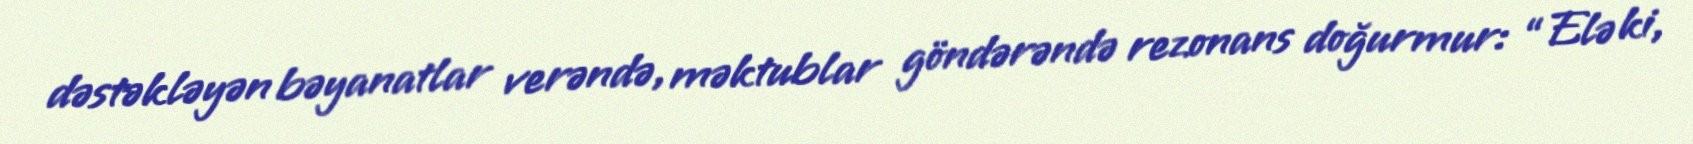
dəstəkləyən bəyanatlar verəndə, məktublar göndərəndə rezonans doğurmur: “Elə ki,